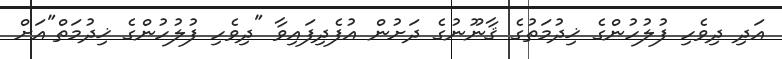
އަދި ދިވެހި ފުލުހުންގެ ޚިދުމަތުގެ ޤާނޫނުގެ ދަށުން އުފެދިފައިވާ "ދިވެހި ފުލުހުންގެ ޚިދުމަތް"އަށް